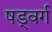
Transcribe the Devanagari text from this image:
षड्वर्ग